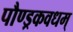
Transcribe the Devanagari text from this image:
पौण्ड्रकवधम्